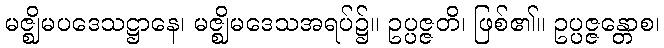
မဇ္ဈိမပဒေသဋ္ဌာနေ၊ မဇ္ဈိမဒေသအရပ်၌။ ဥပ္ပဇ္ဇတိ၊ ဖြစ်၏။ ဥပ္ပဇ္ဇန္တောစ၊